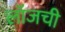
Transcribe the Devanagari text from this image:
लॉजची